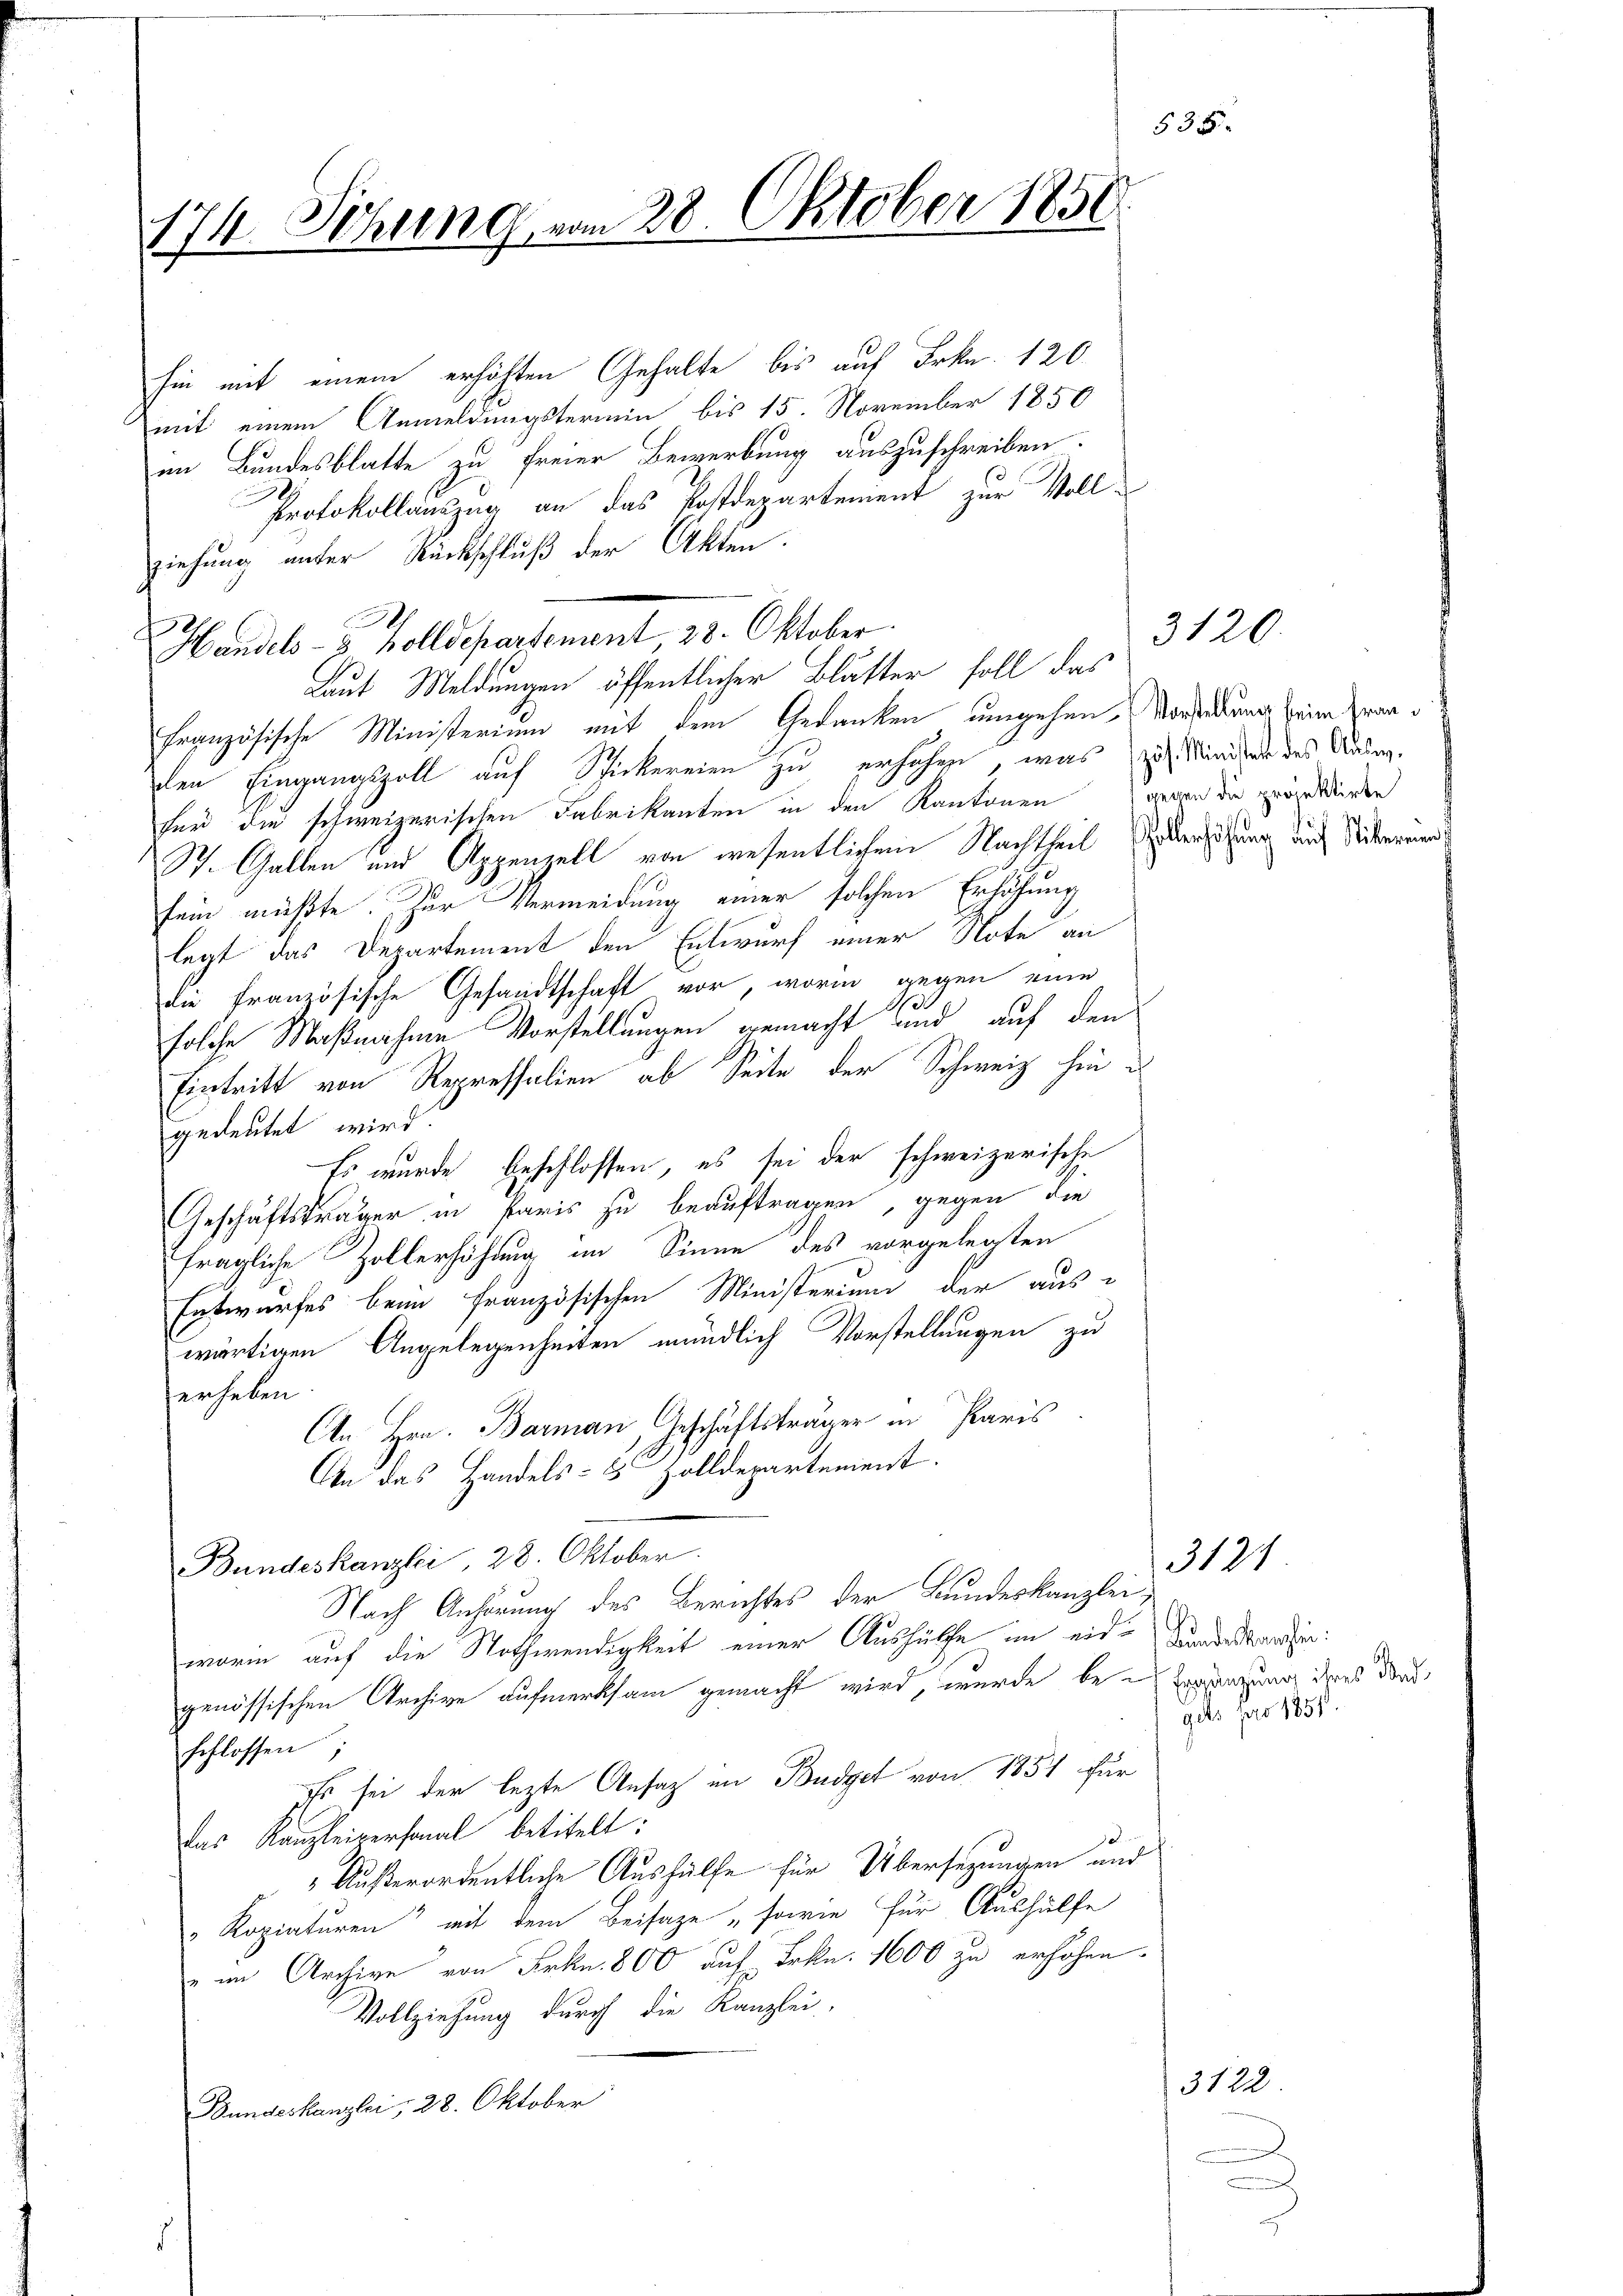
174. Sitzung vom 28. Oktober 1850

hin mit einem erhöhten Gehalte bis auf Frkn. 120
mit einem Anmeldungstermin bis 15. November 1850
im Bundesblatte zu freier Bewerbung auszuschreiben.
Protokollauszug an das Postdepartement zur Vollziehung unter Rückschluß der Akten.
Handels- & Zolldepartement, 28. Oktober.
Laut Meldungen öffentlicher Blätter soll das
französische Ministerium mit dem Gedanken umgehen, Vorstellung beim Zwan
dlen Eingangszoll auf Schickereien zu erhöhen, was zu Ministete des Ausg.
für die schweizerischen Fabrikanten in den Kantonen
St. Gallen und Appenzell von wesentlichem Nachtheil versitzung durch Miternenfein müßte. Zur Vermeidung einer solchen Erhöhung
legt das Departement den Entwurf einer Note an
die französische Gesandtschaft vor, worin gegen eine
d
solche Maßnahme Vorstellungen gemacht und auf den
Eintritt von Repressalien ab Seite der Schweiz hin e
gedeutet wird.
Es wurde beschlossen, es sei der schweizerische
Geschäftstrauer in Paris zu beauftragen, gegen die
fragliche Zollerhöhung im Sinne des vorgelegten
Entwurfes beim französischen Ministerium der auswärtigen Angelegenheiten mündlich Vorstellungen zu
erheben.
An Hrn. Barman, Geschäftsträger in Paris
An das Handels- 5 Zolldepartement.
Bundeskanzlei 28. Oktober.
Nach Anhörung des Berichtes der Bundeskanzlei-
worin auf die Nothwendigkeit einer Aushülfe im eide Kundestanden:
genössischen Archive aufmerksam gemacht wird, wurde be-Ergänzung ihres dorschlossen;
Es sei der lezte Ansaz an Budget von 1851 für
das Kanzleipersonal betitelt:
Außerordentliche Aushülfe für Übersezungen und
Kopiaturen“ mit dem Beisage „sowie für Aushülfe
" im Archive von Frkn. 800 auf Frkn. 1600 zu erhöhen.
Vollziehung durch die Kanzlei-
Bundeskanzlei, 28. Oktober

gegen die projektirte

3120.

gets pro 1856.

3121

3122

n